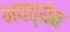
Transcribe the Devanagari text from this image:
भवत्येव